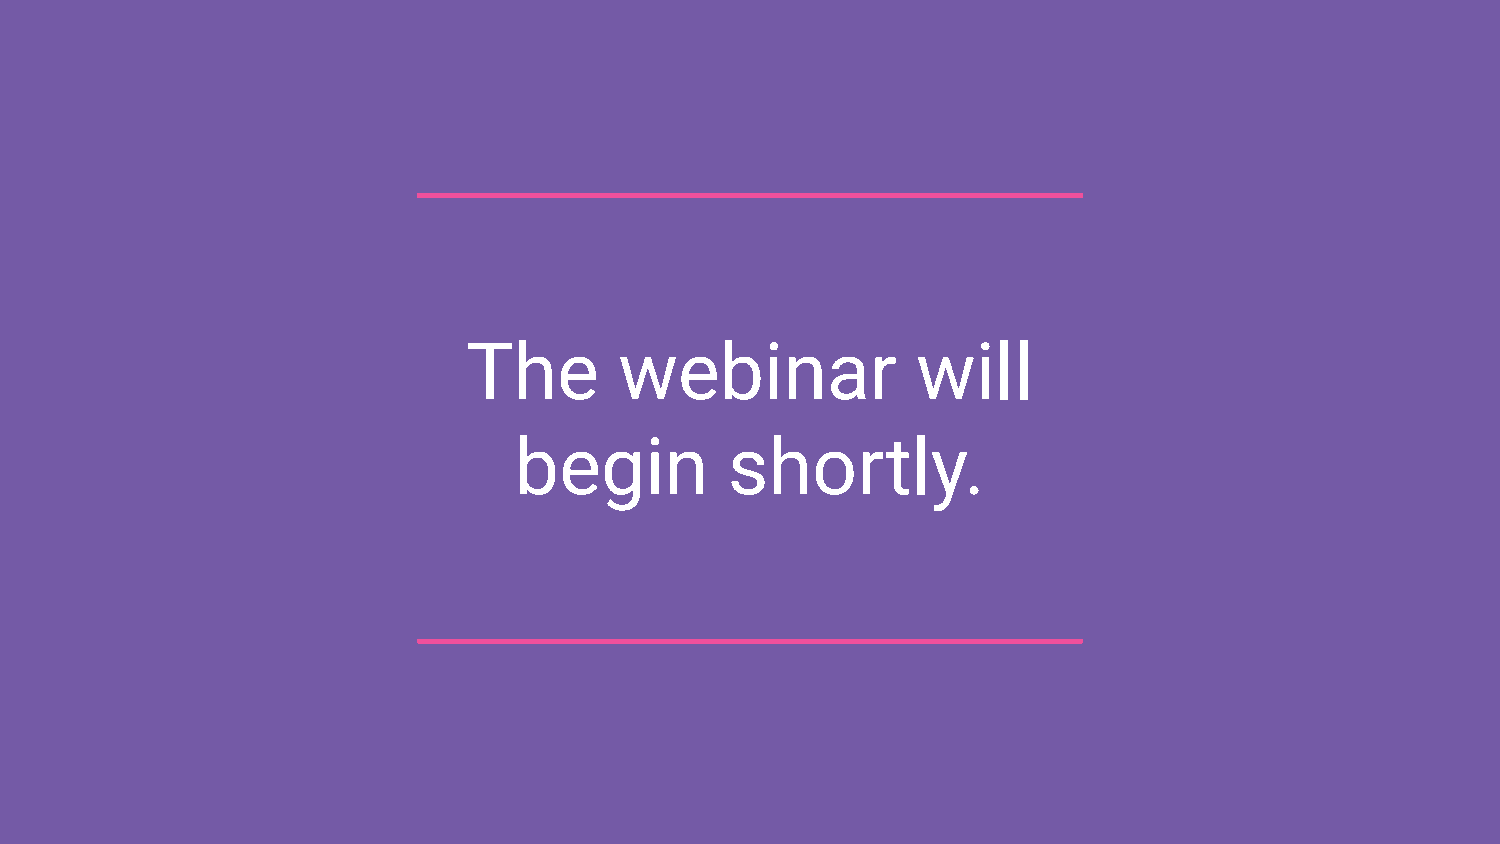
The       webinar             will
 begin         shortly.
 GiveSignup | RunSignup 1